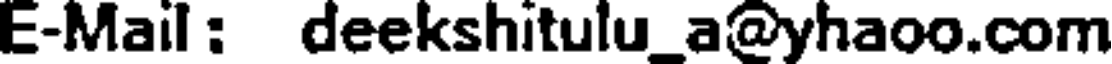
E-Mail : deekshitulu_a@yhaoo.com